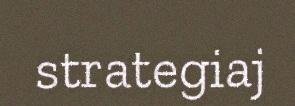
strategiaj